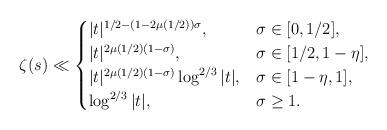
LaTeX: \begin{align*}\zeta(s) \ll \begin{cases}|t|^{1/2 - (1-2\mu(1/2))\sigma}, & \sigma\in[0, 1/2],\\|t|^{2\mu(1/2)(1-\sigma)} , & \sigma\in[1/2, 1-\eta], \\|t|^{2\mu(1/2)(1-\sigma)} \log^{2/3} |t| , & \sigma\in[1-\eta, 1], \\\log^{2/3} |t|, & \sigma\ge1.\end{cases}\end{align*}